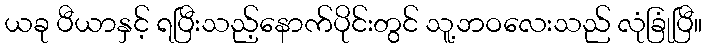
ယခု ပီယာနှင့် ရပြီးသည့်နောက်ပိုင်းတွင် သူ့ဘဝလေးသည် လုံခြုံပြီ။